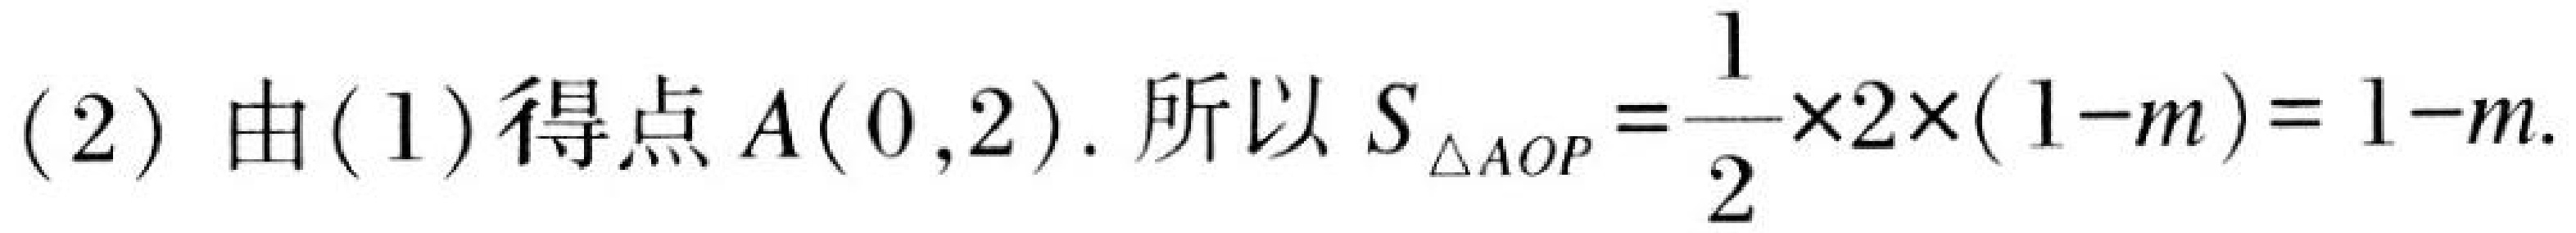
(2) 由(1)得点\(A(0,2)\). 所以\(S_{\triangle AOP}=\frac{1}{2}\times2\times(1 - m)=1 - m\).